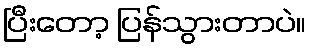
ပြီးတော့ ပြန်သွားတာပဲ။